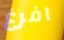
افرغ